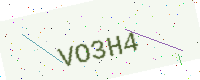
Text: VO3H4